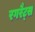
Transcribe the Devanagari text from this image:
रगरैट्स